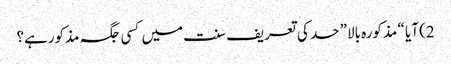
2) آیا “ مذکورہ بالا” حد کی تعریف سنت میں کسی جگہ مذکورہے؟